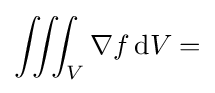
\iiint _{V}\nabla f\,\mathrm {d} V=